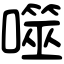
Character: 噬